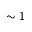
\sim 1